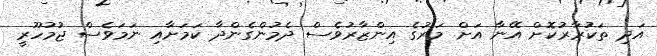
އަދި ތަކުރާރުކޮށް އޭނާ އަށް މަރުގެ އިންޒާރުވެސް ދެމުންގެންދާ ކަމަށާއި ނަމަވެސް ޖުމުހޫރީ